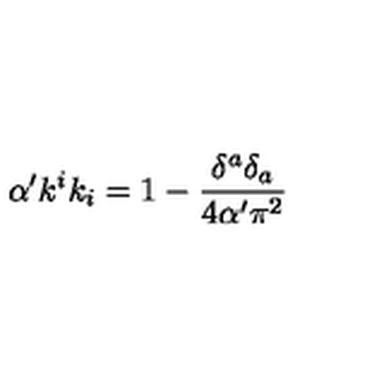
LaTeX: \alpha ^ { \prime } k ^ { i } k _ { i } = 1 - \frac { \delta ^ { a } \delta _ { a } } { 4 \alpha ^ { \prime } \pi ^ { 2 } }